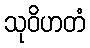
သုဝိဟတံ